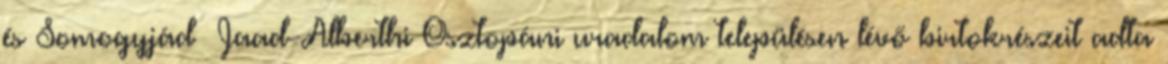
és Somogyjád Jaad-Alberthi Osztopáni uradalom településen lévő birtokrészeit adta